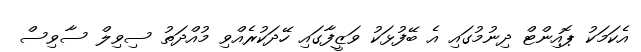
އެކަމަކު ޕޮއިންޓް ދިނުމުގައި އެ ބޭފުޅަކު ވަޒީފާގައި ހޭދަކުރެއްވި މުއްދަތު ސިވިލް ސާވިސް